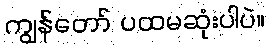
ကျွန်တော် ပထမဆုံးပါပဲ။